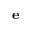
\mathbf { e }